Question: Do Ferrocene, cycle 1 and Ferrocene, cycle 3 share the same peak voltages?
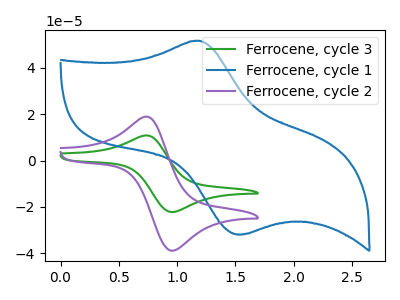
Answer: <think>The green curve "Ferrocene, cycle 3" has an anodic peak at (0.75V, 10.75uA) and a cathodic peak at (0.95V, -22.25uA). The blue curve "Ferrocene, cycle 1" has an anodic peak at (1.20V, 51.65uA) and a cathodic peak at (1.55V, -31.85uA). The purple curve "Ferrocene, cycle 2" has an anodic peak at (0.75V, 18.80uA) and a cathodic peak at (0.95V, -38.95uA).</think>
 <answer>No, "Ferrocene, cycle 1" and "Ferrocene, cycle 3" have at least one peak that does not match.</answer>
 <eval>mismatch</eval>